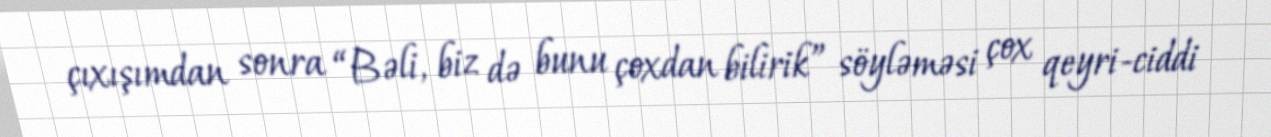
çıxışımdan sonra “Bəli, biz də bunu çoxdan bilirik” söyləməsi çox qeyri-ciddi